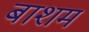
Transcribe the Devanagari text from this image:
बाशम